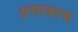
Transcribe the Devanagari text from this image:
प्रभावस्य